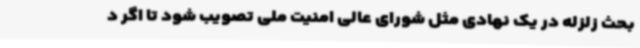
بحث زلزله در یک نهادی مثل شورای عالی امنیت ملی تصویب شود تا اگر د